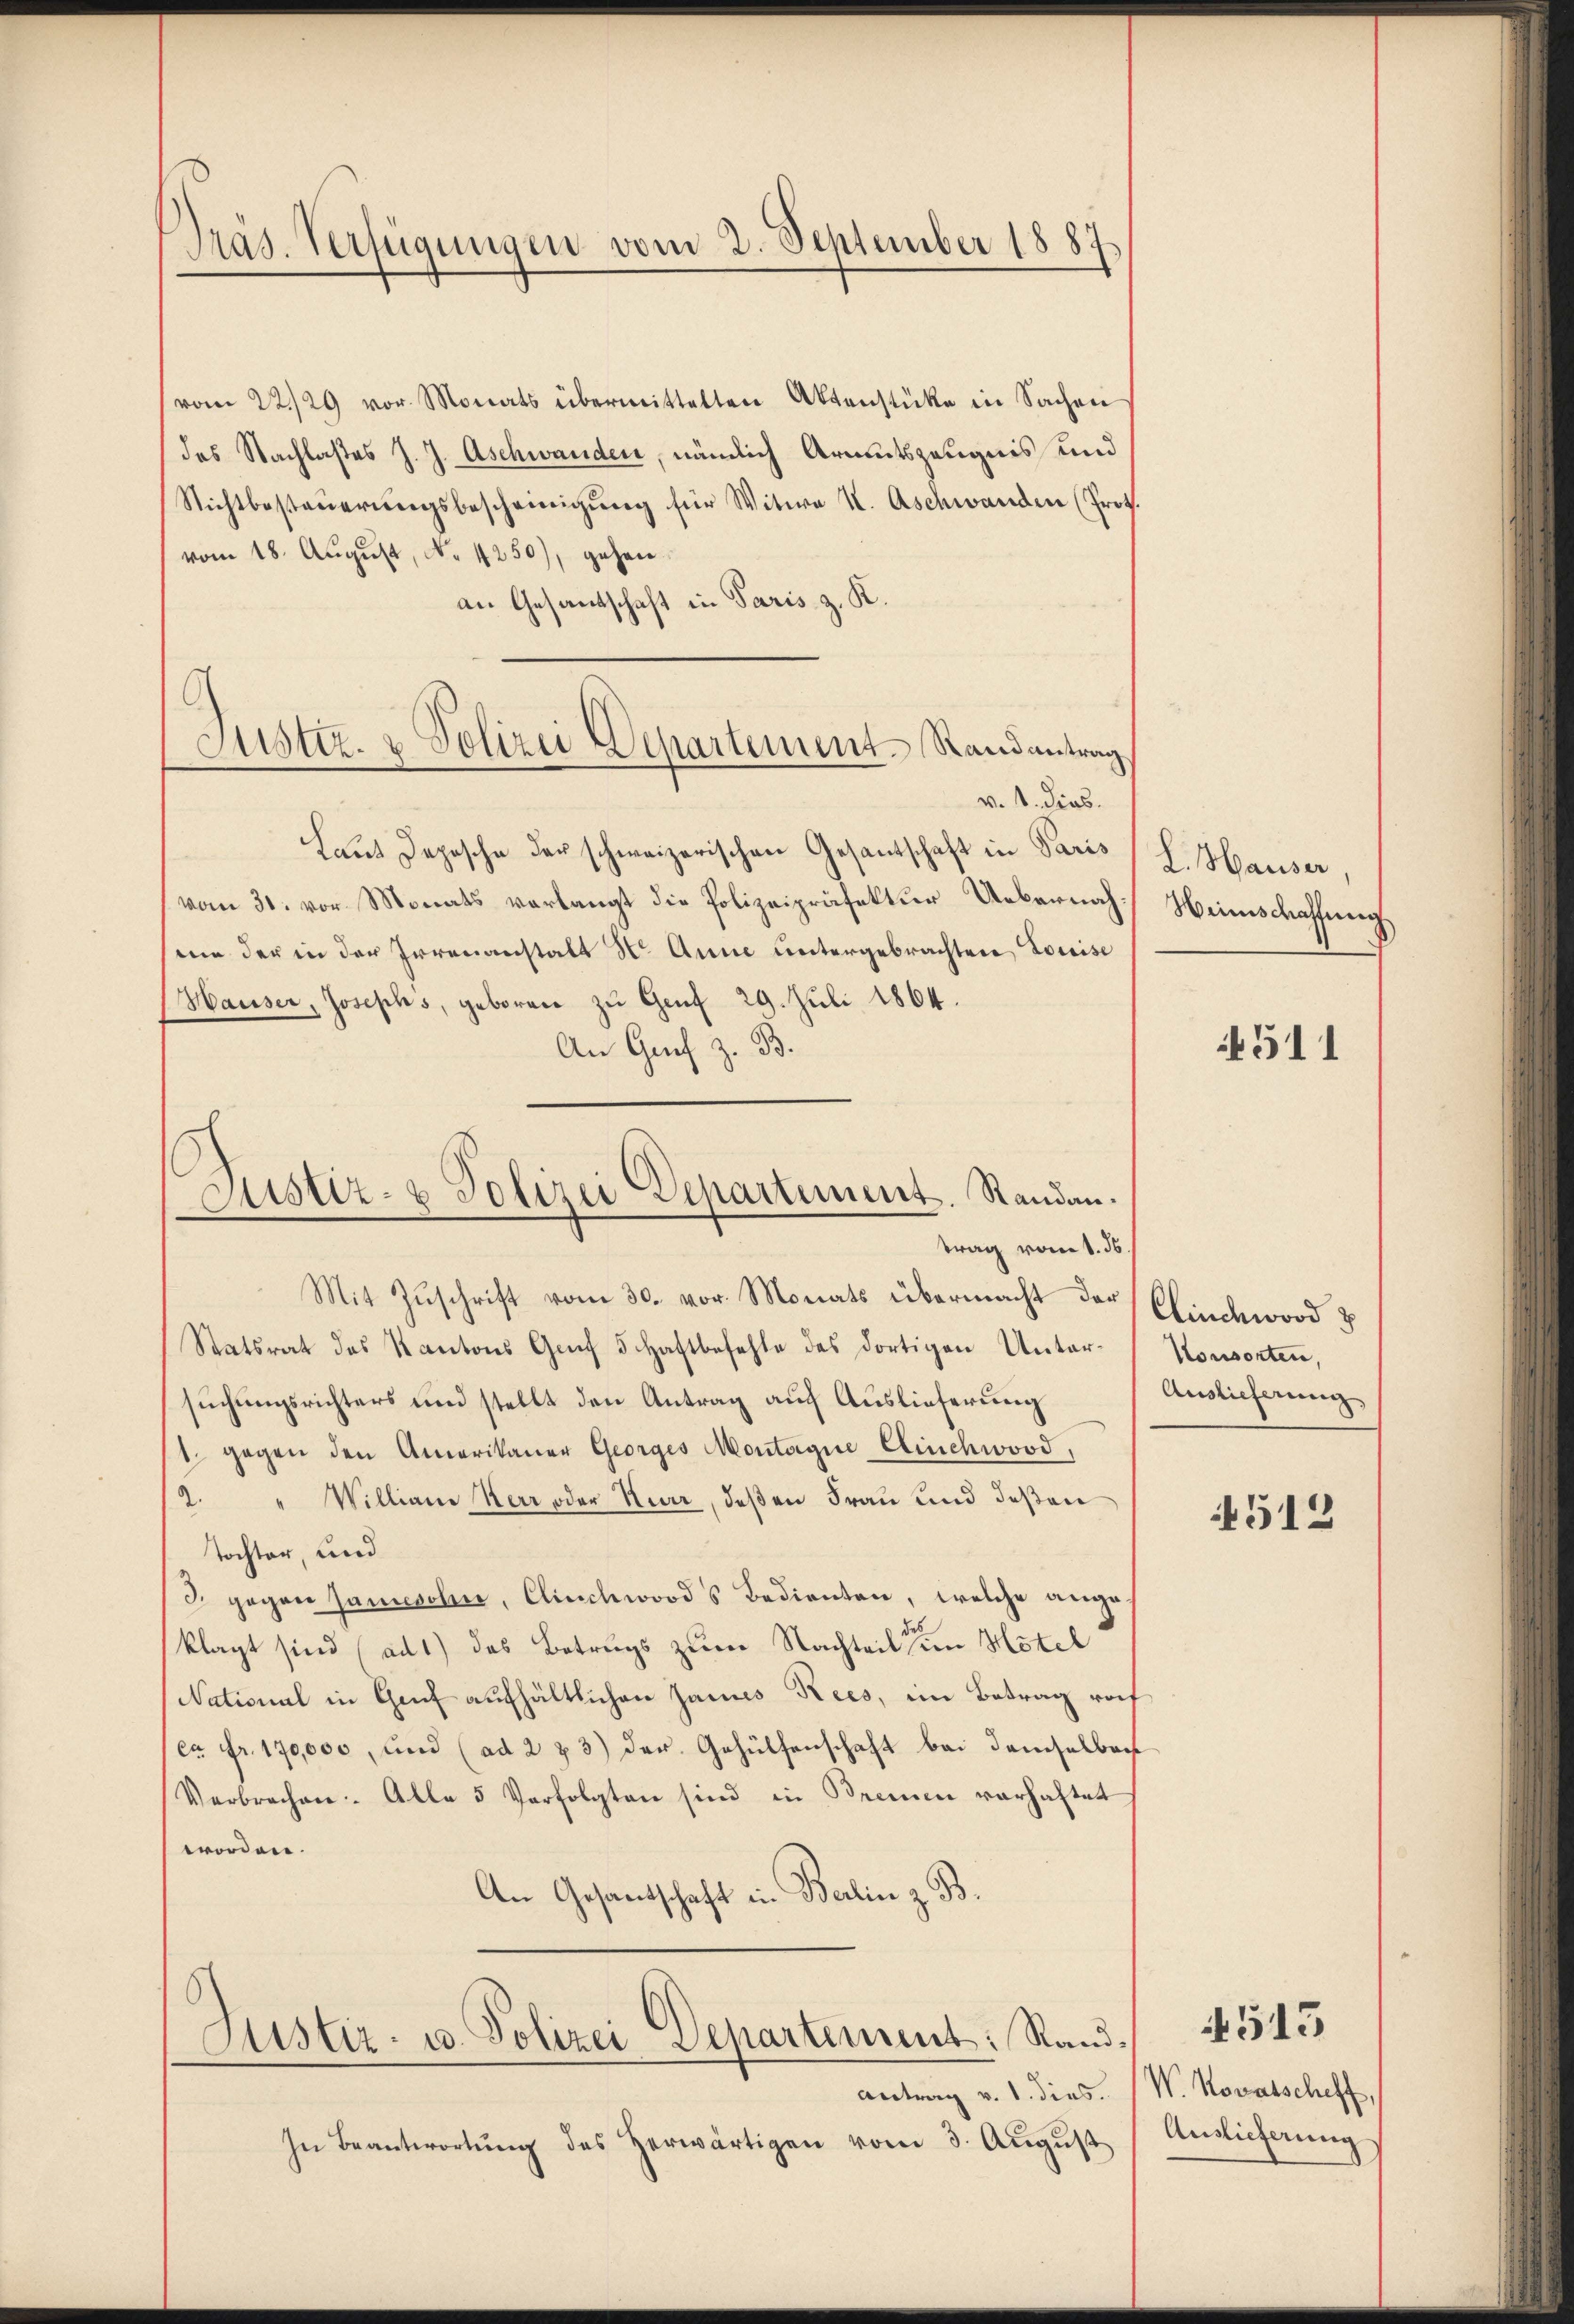
Präs. Verfügungen vom 2. September 1887

Justiz- & Polizei Departement-Randantrag

(vom 22./29. vor. Monats übermittelten Aktenstücke in Sachen
das Nachlaßes J. J. Aschwanden, nämlich Armutszeugnis und
Nichtbesteŭerŭngsbescheinigŭng für Witwe K. Aschwanden (Prok.
vom 18. August, N. 1250), gehanan Gesandschaft in Paris, z. K.
v. 1. dies
Laut Depesche der schweizerischen Gesantschaft in Paris
vom 31. vor. Monats verlangt die Polizeipräfektur Uebernahmie der in der Irrenanstalt Hr. Anne untergebrachten Louise
Hauser, Josephs, geboren zu Genf 29. Juli 1864.
An Graf z. B.

Justiz- & Polizei Departement. Standau.
trag vom 1. d
Mit Zuschrift vom 30. vor. Monats übermacht der Clinchword 3

Justiz- u. Polizei Departement: Rand¬
Antrag v. 1. dies.

In Beantwortŭng des herwärtigen vom 3. Aŭgŭst

Statsrat des Kantons Gef 5 Haftbefehle des dortigen Unter-Konsorten,
suchungsrichters und stellt den Antrag auf Auslieferung
1. gegen den Amerikaner Georges Montagne Eichwood,
2. " Williane Herr oder Kurz, deßen Frau und deßen
Tochter, und
3. gegen Jamesohn, Clinchwood's Bedienten, welche angeklagt sind (ad 1) das Betrugs zum Nachteil sein Hotel
National in Genf aufhältlichen James Rees, ein Betrag vort
ca Fr. 170,000, und (ad 2 & 3) der Gehülfenschaft bei demselber
Verbrechen. Alle 5 Verfolgten sind in Brennen verhaftet
worden.
An Gesandschaft in Berlin z. B.

L. Hauser,
Weinschaffung

511

Auslieferung

4512

W. Novatscheff,
Auslieferung

4515